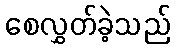
စေလွှတ်ခဲ့သည်